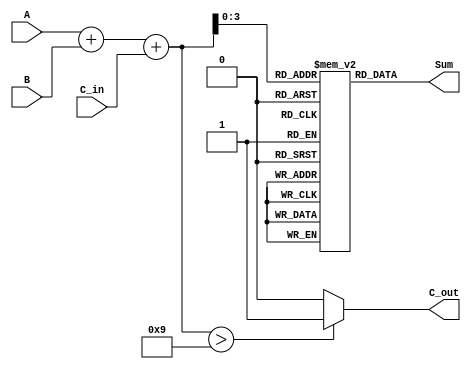
module BCD_LUT_Adder (
    input wire [3:0] A,       // First BCD digit
    input wire [3:0] B,       // Second BCD digit
    input wire C_in,          // Carry-in
    output reg [3:0] Sum,     // BCD sum output
    output reg C_out          // Carry-out
);

    // Intermediate 5-bit sum
    wire [4:0] S;
    assign S = A + B + C_in;

    // Look-Up Table for BCD correction
    reg [3:0] LUT [0:18]; // LUT to map sum to valid BCD outputs

    initial begin
        // Initialize the LUT
        LUT[0]  = 4'd0;   // 0 + 0 + 0 = 0
        LUT[1]  = 4'd1;   // 1 + 0 + 0 = 1
        LUT[2]  = 4'd2;   // 2 + 0 + 0 = 2
        LUT[3]  = 4'd3;   // 3 + 0 + 0 = 3
        LUT[4]  = 4'd4;   // 4 + 0 + 0 = 4
        LUT[5]  = 4'd5;   // 5 + 0 + 0 = 5
        LUT[6]  = 4'd6;   // 6 + 0 + 0 = 6
        LUT[7]  = 4'd7;   // 7 + 0 + 0 = 7
        LUT[8]  = 4'd8;   // 8 + 0 + 0 = 8
        LUT[9]  = 4'd9;   // 9 + 0 + 0 = 9
        LUT[10] = 4'd0;   // 10 -> 0 (C_out)
        LUT[11] = 4'd1;   // 11 -> 1 (C_out)
        LUT[12] = 4'd2;   // 12 -> 2 (C_out)
        LUT[13] = 4'd3;   // 13 -> 3 (C_out)
        LUT[14] = 4'd4;   // 14 -> 4 (C_out)
        LUT[15] = 4'd5;   // 15 -> 5 (C_out)
        LUT[16] = 4'd6;   // 16 -> 6 (C_out)
        LUT[17] = 4'd7;   // 17 -> 7 (C_out)
        LUT[18] = 4'd8;   // 18 -> 8 (C_out)
    end

    always @(*) begin
        if (S > 9) begin
            Sum = LUT[S[3:0]];
            C_out = 1'b1; // Carry-out if sum exceeds 9
        end else begin
            Sum = LUT[S[3:0]];
            C_out = 1'b0; // No carry-out if sum is valid BCD
        end
    end

endmodule